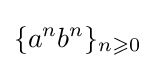
\{a^{n}b^{n}\}_{n\geqslant 0}